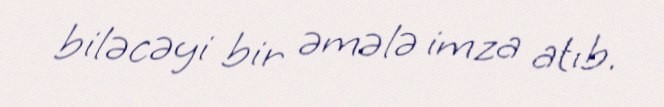
biləcəyi bir əmələ imza atıb.